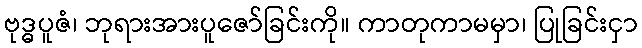
ဗုဒ္ဓပူဇံ၊ ဘုရားအားပူဇော်ခြင်းကို။ ကာတုကာမမှာ၊ ပြုခြင်းငှာ